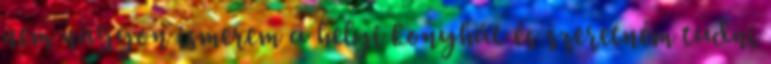
nem nagyon ismerem a helyi konyhát és szeretném tudni